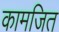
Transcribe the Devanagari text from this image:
कामजित